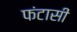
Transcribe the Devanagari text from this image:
फंटासी